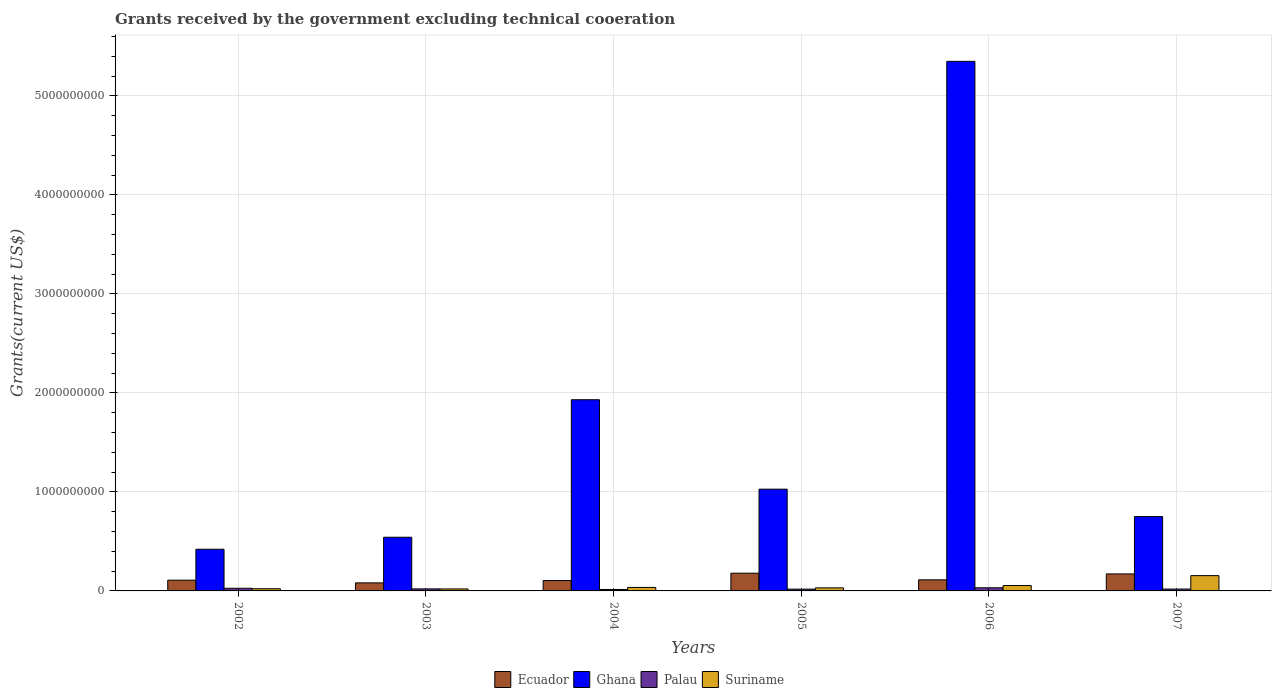
| Years | Ecuador | Ghana | Palau | Suriname |
 | --- | --- | --- | --- | --- |
 | 2002 | 1.08e+08 | 4.21e+08 | 2.68e+07 | 2.21e+07 |
 | 2003 | 8.14e+07 | 5.42e+08 | 2.05e+07 | 2.02e+07 |
 | 2004 | 1.05e+08 | 1.93e+09 | 1.45e+07 | 3.52e+07 |
 | 2005 | 1.79e+08 | 1.03e+09 | 1.81e+07 | 3.07e+07 |
 | 2006 | 1.12e+08 | 5.35e+09 | 3.17e+07 | 5.43e+07 |
 | 2007 | 1.72e+08 | 7.51e+08 | 1.89e+07 | 1.54e+08 |